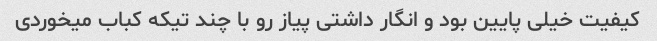
کیفیت خیلی پایین بود و انگار داشتی پیاز رو با چند تیکه کباب میخوردی